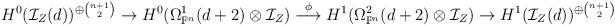
LaTeX: \begin{align*}H^0(\mathcal{I}_Z(d))^{\oplus \binom{n+1}{2}} \rightarrow H^0( \Omega^1_{\mathbb{P}^n}(d+2) \otimes \mathcal{I}_Z) \stackrel{\phi}{\longrightarrow} H^1( \Omega^2_{\mathbb{P}^n}(d+2) \otimes \mathcal{I}_Z) \rightarrow H^1(\mathcal{I}_Z(d))^{\oplus \binom{n+1}{2}}\end{align*}